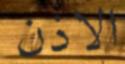
الاذن